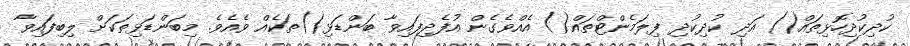
ކުދިކުދިހޮޅިތައް() އަދި ކުދިކުދި ފިލަމެންޓްތައް() އެއްވެގެން އުފެދިފައިވާ ބަންޑަޅި()ތަކެއް ވެއެވެ. މިބަންޑަޅިތަކަށް ލިބިފައިވާ